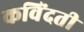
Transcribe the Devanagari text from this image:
कविंदती